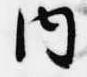
内